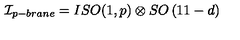
{ \cal I } _ { p - b r a n e } = I S O ( 1 , p ) \otimes S O \left( 1 1 - d \right)